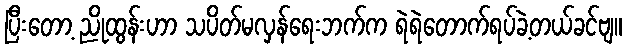
ပြီးတော့ ညိုထွန်းဟာ သပိတ်မလှန်ရေးဘက်က ရဲရဲတောက်ရပ်ခဲ့တယ်ခင်ဗျ။